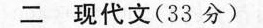
现代文(33分)